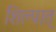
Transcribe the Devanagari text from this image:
शिल्पात्